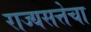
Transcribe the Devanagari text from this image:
राज्यसत्तेचा